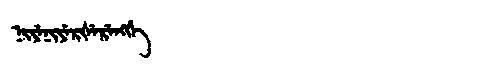
Manchu: ᠨᡳᠶᡝᠨᡳᠶᡝᡵᡧᡝᡵᡝᠩᡤᡝ
Romanization: NIYENIYERŠERENGGE